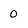
Character: 0